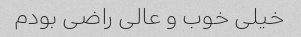
خیلی خوب و عالی راضی بودم